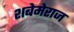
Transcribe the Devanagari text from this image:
शबेमेराज